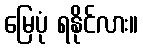
မြေပုံ ရနိုင်လား။